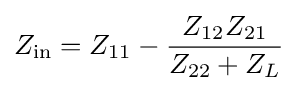
Z_{\text{in}}=Z_{11}-{\frac {Z_{12}Z_{21}}{Z_{22}+Z_{L}}}